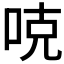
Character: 𠳭